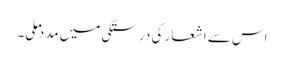
اس سے اشعار کی درستگی میں مدد ملی۔